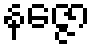
နဇ္ဇော